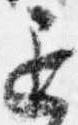
退